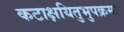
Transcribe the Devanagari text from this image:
कटाक्षयितुभुपक्रमः